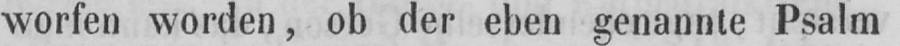
worfen worden, ob der eben genannte Psalm